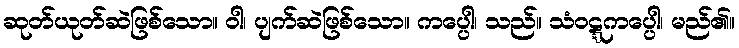
ဆုတ်ယုတ်ဆဲဖြစ်သော။ ဝါ၊ ပျက်ဆဲဖြစ်သော။ ကပ္ပေါ၊ သည်။ သံဝဋ္ဋကပ္ပေါ၊ မည်၏။